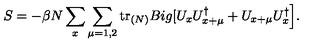
S = - \beta N \sum _ { x } \sum _ { \mu = 1 , 2 } \mathrm { t r } _ { ( N ) } B i g [ U _ { x } U _ { x + \mu } ^ { \dag } + U _ { x + \mu } U _ { x } ^ { \dag } \Big ] .